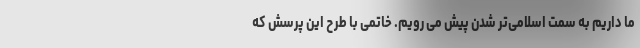
ما داریم به سمت اسلامی‌تر شدن پیش می رویم. خاتمی با طرح این پرسش که